Annual report of the Prince of Wales Medical College, Patna
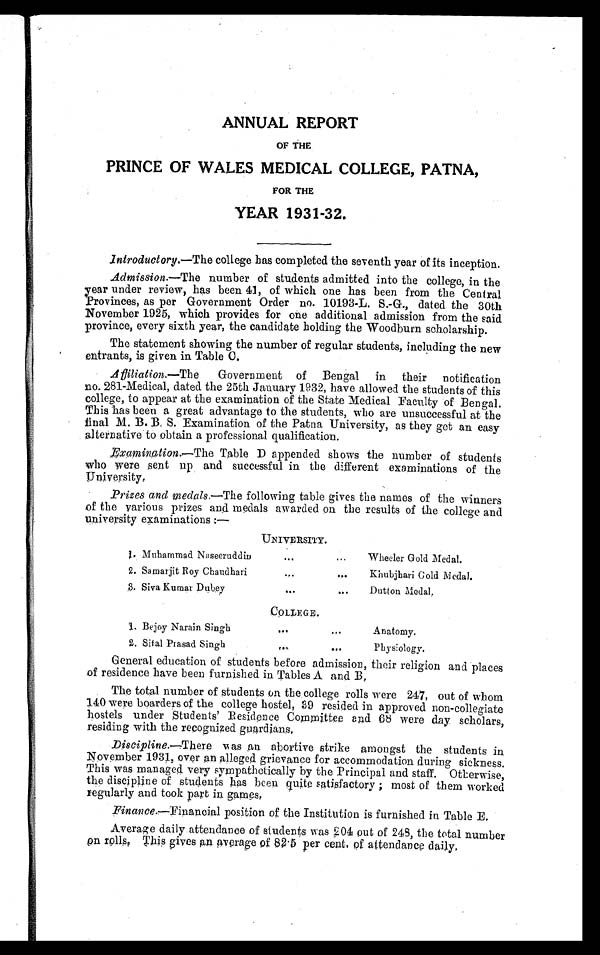
ANNUAL REPORT
OF THE
PRINCE OF WALES MEDICAL COLLEGE, PATNA,
FOR THE
YEAR 1931-32.
Introductory.—The college has completed the seventh year of its inception.
Admission.—The number of students admitted into the college, in the
year under review, has been 41, of which one has been from the Central
Provinces, as per Government Order no. 10193-L. S.-G., dated the 30th
November 1925, which provides for one additional admission from the said
province, every sixth year, the candidate holding the Woodburn scholarship.
The statement showing the number of regular students, including the new
entrants, is given in. Table C.
Affiliation.—The
Government of Bengal in their notification
no. 281-Medical, dated the 25th January 1932, have allowed the students of this
college, to appear at the examination of the State Medical Faculty of Bengal.
This has been a great advantage to the students, who are unsuccessful at the
final M. B. B. S. Examination of the Patna University, as they get an easy
alternative to obtain a professional qualification.
Examination.—The Table Dappended shows the number of students
who were sent up and successful in the different examinations of the
U n i v e r s i t y .
Prizes and medals.—The following table gives the names of the winners
of the various prizes and medals awarded on the results of the college and
university examinations :—
UNIVERSITY.
1 . Muhammad Naseeruddiu
...
...
Wheeler Gold Medal.
2. Samarjit Boy Chaudhari
... ...
Khubjhari Gold Medal.
3. Siva Kumar Dubey
... ...
Dutton Medal.
COLLEGE.
1. Bejoy Narain Singh
...
...
Anatomy.
2. Sital Prasad Singh
...
...
Physiology.
General education of students before admission, their religion and places
of residence have been furnished in Tables A and B,
The total number of students on the college rolls were 247, out of whom
140 were boarders of the college hostel, 39 resided in approved non-collegiate
host el s under st udent s’ Resi dence Commi t t ee and 68 were day schol ars,
residing with the recognized guardians.
Discipline.—There was an abortive strike amongst the students in
November 1931, over an alleged grievance for accommodation during sickness.
This was managed very sympathetically by the Principal and staff. Otherwise,
the discipline of students has been quite satisfactory ; most of them worked
regularly and took part in games,
Finance.—Financial position of the Institution is furnished in Table E.
Average daily attendance of students was 204 out of 248, the total number
on rolls. This gives an average of 82.5 per cent. of attendance daily.